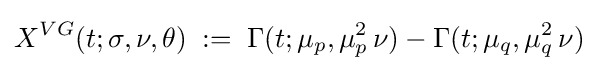
X^{VG}(t;\sigma ,\nu ,\theta )\;:=\;\Gamma (t;\mu _{p},\mu _{p}^{2}\,\nu )-\Gamma (t;\mu _{q},\mu _{q}^{2}\,\nu )